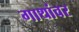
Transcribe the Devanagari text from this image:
गाथांवर